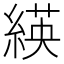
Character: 緓